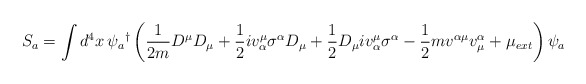
\begin{align*}\hspace{-2.0cm}S_{a}=\int d^{4}x\,\psi _{a}{}^{\dagger }\left( \frac{1}{2m}D^{\mu }D_{\mu }+\frac{1}{2}iv_{\alpha }^{\mu }\sigma ^{\alpha }D_{\mu }+\frac{1}{2}D_{\mu}iv_{\alpha }^{\mu }\sigma ^{\alpha }-\frac{1}{2}mv^{\alpha \mu }v_{\mu}^{\alpha }+\mu _{ext}\right) \psi _{a}\end{align*}